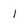
Character: l